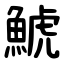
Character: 鯱